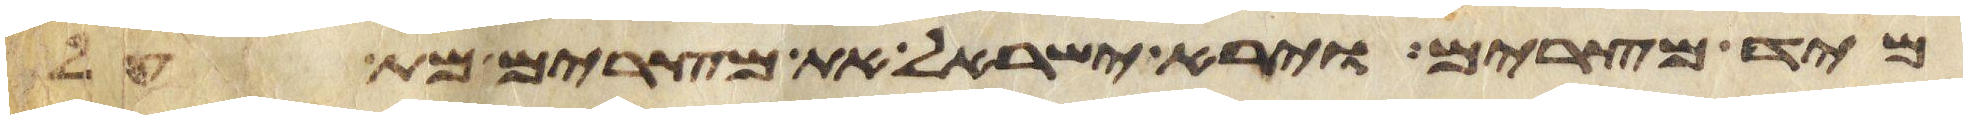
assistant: מיד מצרים וירא ישראל את מצרים מת על